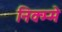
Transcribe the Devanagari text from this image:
निक्म्मे